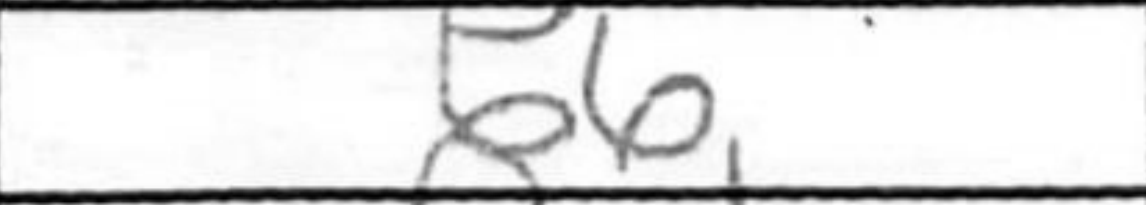
Transcription: b6